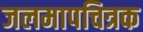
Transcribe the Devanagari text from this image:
जलमापचित्रक